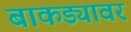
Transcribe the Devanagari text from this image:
बाकड्यावर